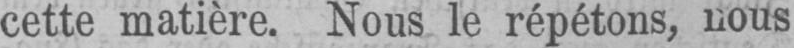
cette matière. Nous le répétons, nous